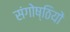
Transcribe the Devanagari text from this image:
संगोष्‍ठियों